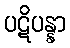
ပဋိပန္နာ